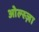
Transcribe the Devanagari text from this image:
ओल्स्ज़ा